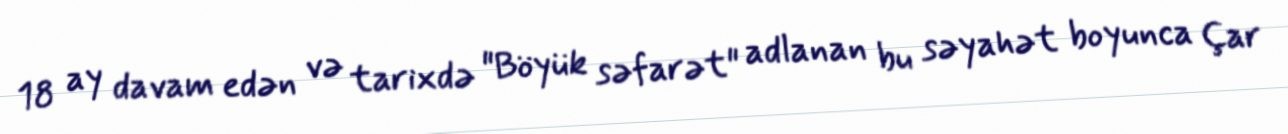
18 ay davam edən və tarixdə "Böyük səfarət" adlanan bu səyahət boyunca Çar